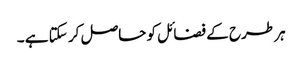
ہر طرح کے فضائل کو حاصل کر سکتا ہے ۔